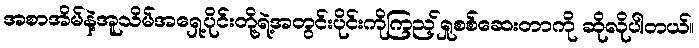
အစာအိမ်နဲ့အူသိမ်အရှေ့ပိုင်းတို့ရဲ့အတွင်းပိုင်းကိုကြည့်ရှုစစ်ဆေးတာကို ဆိုလိုပါတယ်။